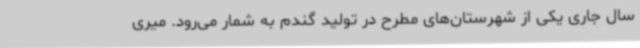
سال جاری یکی از شهرستان‌های مطرح در تولید گندم به شمار می‌رود. میری‌